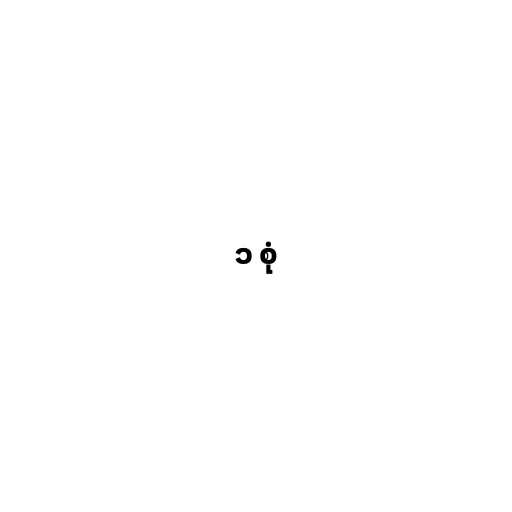
၁ စုံ